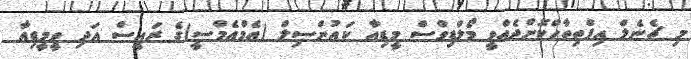
މި ޗެނެލް އިފްތިތާހްކޮށްދެއްވީ މޯލްޑިވްސް މީޑިއާ ކައުންސިލް (އެމްއެމްސީ)ގެ ރައީސް އަދި ވީމީޑިއާ